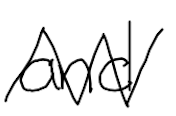
Text: and
Cross-out: zig-zag
Writing tool: digital_black